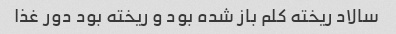
سالاد ریخته کلم باز شده بود و ریخته بود دور غذا